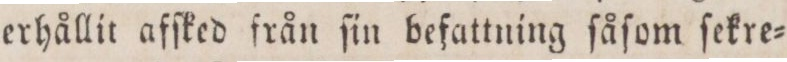
erhållit afſked från ſin befattning ſåſom ſekre=